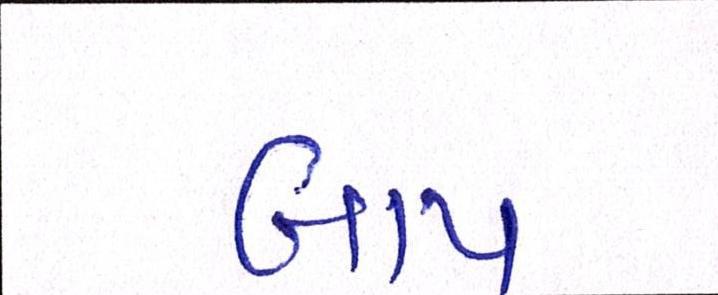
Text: બાપ